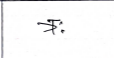
मजकूर: त्रः